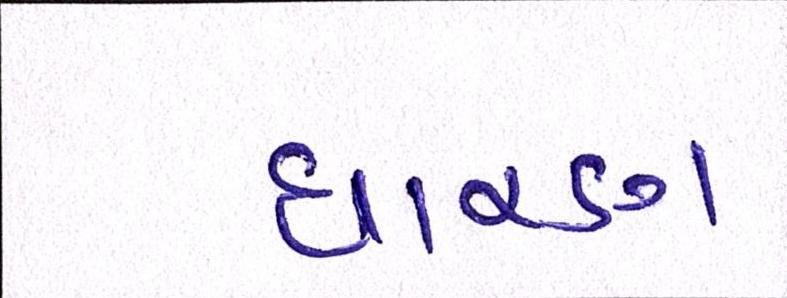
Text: ધારણ